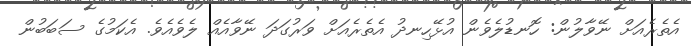
އެތެރެއަށް ނޭވާލުން: ހޮނޑުލެވެން އުޅޭހިނދު އެތެރެއަށް ވަރުގަދަ ނޭވާއެއް ލެވެއެވެ. އެކަމުގެ ސަބަބުން